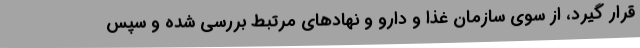
قرار گیرد، از سوی سازمان غذا و دارو و نهادهای مرتبط بررسی شده و سپس